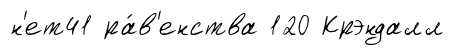
н'ет41 ра́в'енства 120 Крэндалл